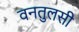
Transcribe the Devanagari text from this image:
वनतुलसी